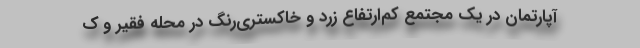
آپارتمان در یک مجتمع کم‌ارتفاع زرد و خاکستری‌رنگ در محله فقیر و ک